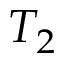
T _ { 2 }